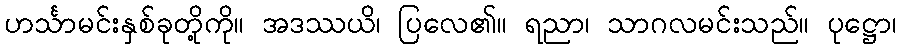
ဟင်္သာမင်းနှစ်ခုတို့ကို။ အဒဿယိ၊ ပြလေ၏။ ရညာ၊ သာဂလမင်းသည်။ ပုဋ္ဌော၊